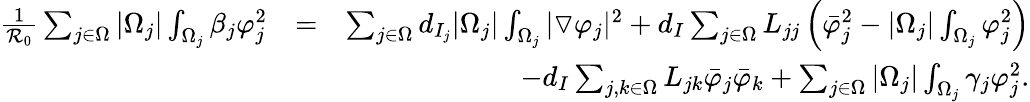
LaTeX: \begin{array}{rlr}{\frac{1}{\mathcal{R}_{0}}\sum_{j\in\Omega}|\Omega_{j}|\int_{\Omega_{j}}\beta_{j}\varphi_{j}^{2}}&{=}&{\sum_{j\in\Omega}d_{I_{j}}|\Omega_{j}|\int_{\Omega_{j}}|\triangledown\varphi_{j}|^{2}+d_{I}\sum_{j\in\Omega}L_{jj}\left(\bar{\varphi}_{j}^{2}-|\Omega_{j}|\int_{\Omega_{j}}\varphi_{j}^{2}\right)}\\ &{}&{-d_{I}\sum_{j,k\in\Omega}{L_{jk}}\bar{\varphi}_{j}\bar{\varphi}_{k}+\sum_{j\in\Omega}|\Omega_{j}|\int_{\Omega_{j}}\gamma_{j}\varphi_{j}^{2}.}\end{array}